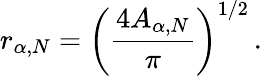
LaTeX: r_{\alpha,N}=\left(\frac{4A_{\alpha,N}}{\pi}\right)^{1/2}\, .